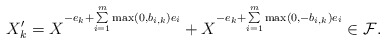
\begin{align*}X'_k=X^{-e_k+\sum \limits_{i=1}^{m} \max(0,b_{i,k})e_i}+X^{-e_k+\sum \limits_{i=1}^{m} \max(0,-b_{i,k})e_i}\in\mathcal{F}.\end{align*}